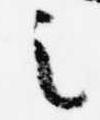
之